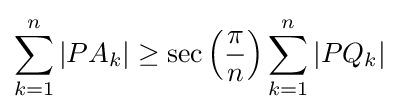
\sum _{k=1}^{n}|PA_{k}|\geq \sec \left({\frac {\pi }{n}}\right)\sum _{k=1}^{n}|PQ_{k}|